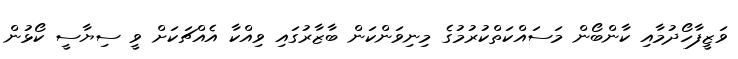
ވަޒީފާހޯދުމާއި ކާންބޯން މަސައްކަތްކުރުމުގެ މިނިވަންކަން ބާޒާރުގައި ވިއްކާ އެއްޗަކަށް ވީ ސިޔާސީ ކޯޅުން